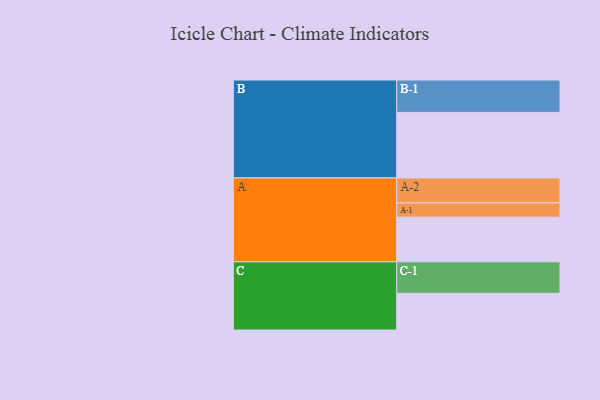
{"axis": {"x": "Segment", "y": "Value"}, "legend": ["", "A", "B", "C"], "data": [{"x": "A", "y": 390, "type": ""}, {"x": "B", "y": 573, "type": ""}, {"x": "C", "y": 321, "type": ""}, {"x": "A-1", "y": 125, "type": "A"}, {"x": "A-2", "y": 218, "type": "A"}, {"x": "B-1", "y": 283, "type": "B"}, {"x": "C-1", "y": 275, "type": "C"}]}